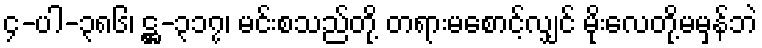
၄-ပါ-၃၈၆၊ ဋ္ဌ-၃၁၇၊ မင်းစသည်တို့ တရားမစောင့်လျှင် မိုးလေတို့မမှန်ဘဲ